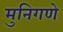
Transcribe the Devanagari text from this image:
मुनिगणे